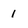
Character: 1